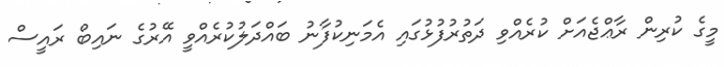
މީގެ ކުރިން ރާޢްޖެއަށް ކުރެއްވި ދަތުރުފުޅުގައި އެމަނިކުފާނު ބައްދަލުކުރެއްވީ އޭރުގެ ނައިބް ރައީސް